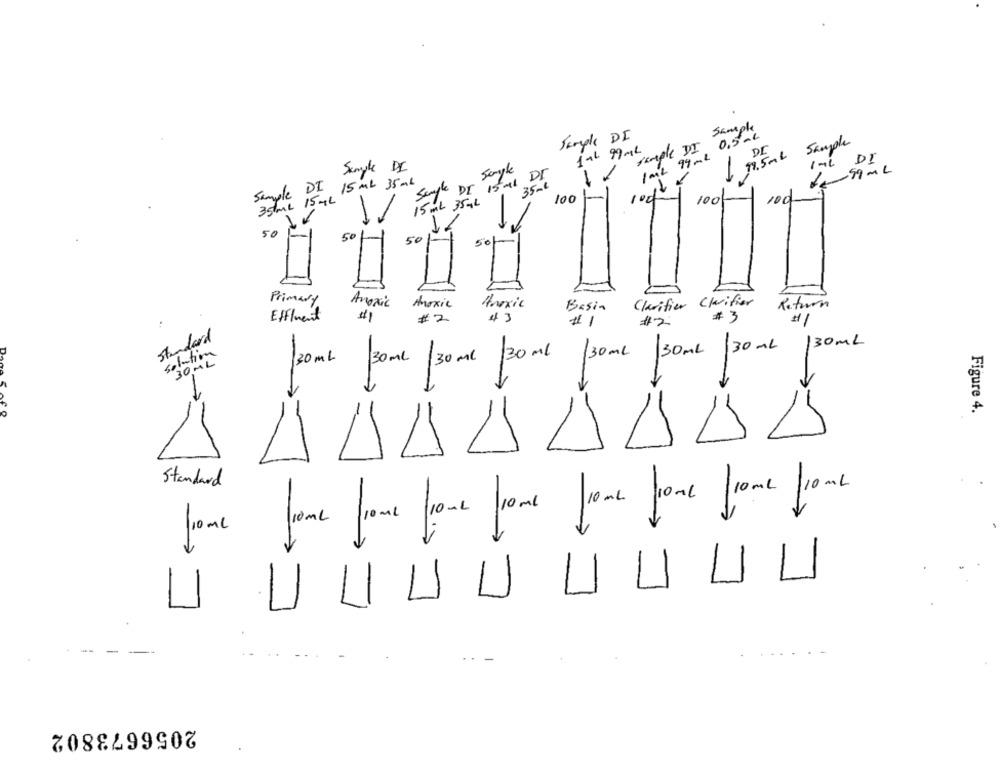
Sample
Sample DI
0,5-L
semple DI
97.5 ml Sample
DE
1al 99ML
1 ml 99 ml
Dr
Sample DI
Sample
1
59 ML
Sanfte DI 15 al DI
1
Sample DI
15 ML 35ml
350€
35 ML 15ML
15 ml 354L
100
100
rod
100-
50
-1
50
50
Primary
Anoxic
Clarifier Clarifier
Anoxic
Anoxic
Basin
Return
Effluent
43
#3
#2
#1
#2
Standard
34
30ml /30 ml 30 ml /30ml 30 ml /30 ml /30 ML
30 ML
30 ml
Figure 4.
Standard
Time frame frome frome froms from /10ml /10ml
10ml
UUUU UUUU
2056673802